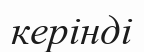
керінді